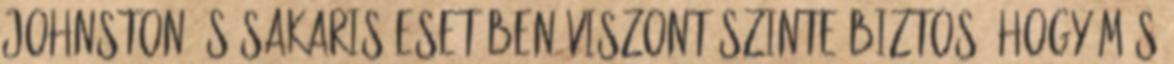
Johnston és Sakaris esetében viszont szinte biztos, hogy más